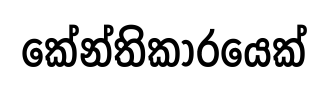
කේන්තිකාරයෙක්